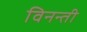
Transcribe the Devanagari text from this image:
विनन्ती